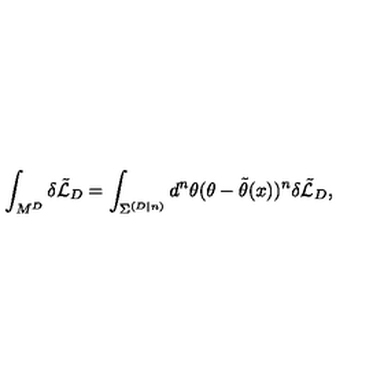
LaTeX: \int _ { M ^ { D } } \delta \tilde { { \cal L } } _ { D } = \int _ { { \Sigma } ^ { ( D | n ) } } d ^ { n } \theta ( \theta - \tilde { \theta } ( x ) ) ^ { n } \delta \tilde { { \cal L } } _ { D } ,